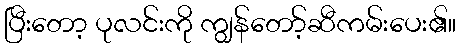
ပြီးတော့ ပုလင်းကို ကျွန်တော့်ဆီကမ်းပေး၏။